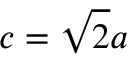
c = { \sqrt { 2 } } a